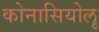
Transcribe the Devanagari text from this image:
कोनासियोलू